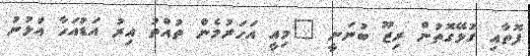
ފޮތާއި ގުޅޭގޮތުން ރިޒޫ ބުނަނީ "މިއީ އަަހަރުމެން ތުުއްތު އިރު އަޑުއަހާ އުޅުނު